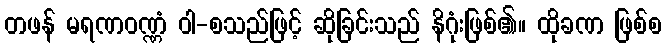
တဖန် မရဏဝဏ္ဏံ ဝါ-စသည်ဖြင့် ဆိုခြင်းသည် နိဂုံးဖြစ်၏။ ထိုခဏ ဖြစ်စ